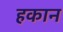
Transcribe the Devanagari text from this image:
हकान